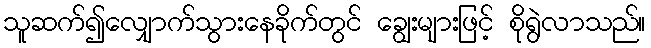
သူဆက်၍လျှောက်သွားနေခိုက်တွင် ချွေးများဖြင့် စိုရွဲလာသည်။